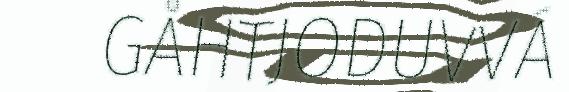
GÅHTJODUVVÁ